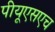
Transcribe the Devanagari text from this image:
पीयूएसएच